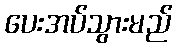
ပေးအပ်သွားမည်